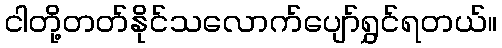
ငါတို့တတ်နိုင်သလောက်ပျော်ရွှင်ရတယ်။